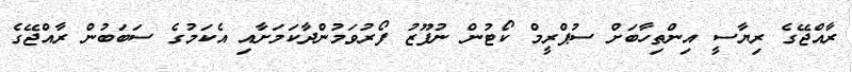
ރާއްޖޭގެ ރިޔާސީ އިންތިހާބަށް ސުޕްރީމް ކޯޓުން ނުފޫޒު ފޯރުވަމުންދާކަމަށާއި އެކަމުގެ ސަބަބުން ރާއްޖޭގެ